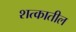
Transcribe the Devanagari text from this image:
शत्कातील